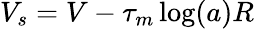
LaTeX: V_{s}=V-\tau_{m}\log(a)R